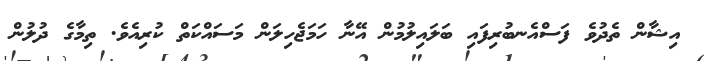
އިޝާން ތެދުވެ ފަސްއެނބުރިފައި ބަލައިލުމުން އޭނާ ހަމަޖެހިލަން މަސައްކަތް ކުރިއެވެ. ތިމާގެ ދުލުން